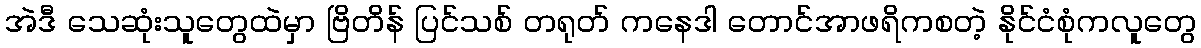
အဲဒီ သေဆုံးသူတွေထဲမှာ ဗြိတိန် ပြင်သစ် တရုတ် ကနေဒါ တောင်အာဖရိကစတဲ့ နိုင်ငံစုံကလူတွေ